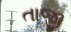
તાજી